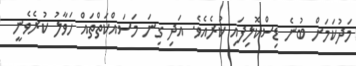
މަދުކަމަށް ބުނެ ޑިސްކޮލިފައި ކުރެއެވެ. އަދި ގިނަ މަސައްކަތްތައް ހަވާލު ކުރެވެނީ